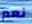
نعم